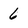
Character: 6